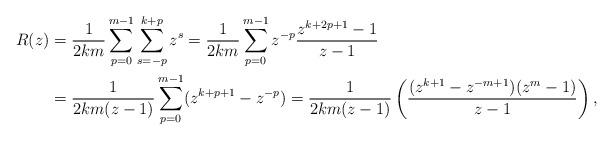
LaTeX: \begin{align*} R (z) & = \frac{1}{2km}\sum_{p = 0}^{m-1} \sum_{s = -p}^{k+p} z^s = \frac{1}{2km} \sum_{p = 0}^{m-1} z^{-p} \frac{z^{k+2p+1} - 1}{z - 1} \\ & = \frac{1}{2km(z-1)} \sum_{p = 0}^{m-1} (z^{k+p+1} - z^{-p}) = \frac{1}{2km(z-1)} \left( \frac{(z^{k+1}- z^{-m+1})( z^m - 1)}{z-1} \right),\end{align*}